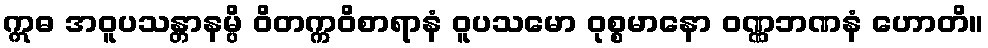
ဣဓ အဝူပသန္တာနမ္ပိ ဝိတက္ကဝိစာရာနံ ဝူပသမော ဝုစ္စမာနော ဝဏ္ဏဘဏနံ ဟောတိ။